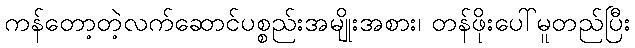
ကန်တော့တဲ့လက်ဆောင်ပစ္စည်းအမျိုးအစား၊ တန်ဖိုးပေါ်မူတည်ပြီး